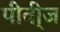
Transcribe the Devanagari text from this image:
पीवी्ज